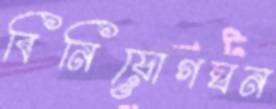
বিনিয়োগঘন